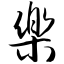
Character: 乐